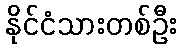
နိုင်ငံသားတစ်ဦး